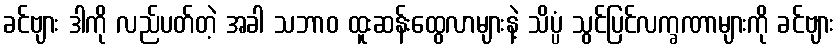
ခင်ဗျား ဒါကို လည်ပတ်တဲ့ အခါ သဘာဝ ထူးဆန်းထွေလာများနဲ့ သိပ္ပံ သွင်ပြင်လက္ခဏာများကို ခင်ဗျား